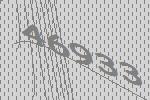
46933